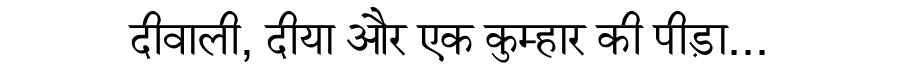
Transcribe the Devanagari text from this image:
दीवाली, दीया और एक कुम्हार की पीड़ा...